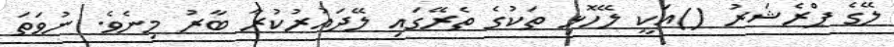
ލޭގެ ޕްރެޝަރު ()އަކީ ލޭހޮޅި ތަކުގެ ތެރޭގައި ލޭދައުރުކުރާ ބާރު މިނެވެ. ނުވަތަ